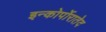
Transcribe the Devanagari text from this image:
इन्कोर्पोरातेद